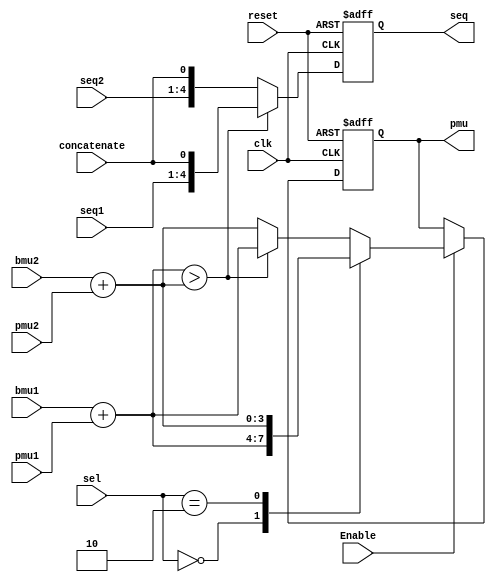
module ACS #(parameter data_width = 2, parameter path_width = 4, parameter seq_width = 5) (
	 input clk,
	 input reset,
	 input Enable,
	 input      [data_width-1 : 0] bmu1,
	 input      [path_width-1 : 0] pmu1,
	 input      [data_width-1 : 0] bmu2,
	 input      [path_width-1 : 0] pmu2,
	 input      [path_width-1 : 0] seq1, // 9 bits then concatenate to be 10 bits
	 input      [path_width-1 : 0] seq2, // 9 bits then concatenate to be 10 bits
	 input concatenate,
	 input [1:0] sel,
	 output reg [path_width-1 : 0] pmu,
	 output reg [seq_width-1  : 0] seq
    );
	
	// 3bits
reg [path_width-1 : 0] adder1_out; // 2 bits + 4 bits = 5 bits when computing max path number, it was 12
reg [path_width-1 : 0] adder2_out;
reg [path_width-1 : 0] mux_out;
reg [seq_width-1 : 0] seq_mux;
reg [seq_width-1 : 0] MUX;

always @ (posedge clk or posedge reset)
	begin
		if (reset)
			begin
				pmu <= 4'd0;  // path_width
				seq <= 5'd0; // seq_width
			end
		else if (Enable)
			begin
				pmu <= MUX;
				seq <= seq_mux; 
			end
		else
			seq <= seq_mux;
	end

always @*
	begin
		adder1_out = bmu1 + pmu1;
		adder2_out = bmu2 + pmu2;
		if(adder1_out > adder2_out)
			begin
				mux_out = adder1_out;
				seq_mux = {seq1, concatenate};
			end
		else  
			begin
				mux_out = adder2_out;
				seq_mux = {seq2, concatenate};
			end
		case(sel)
			2'b00 : MUX   = adder1_out;
			2'b01 : MUX   = mux_out;
			2'b10 : MUX   = adder2_out;
			default : MUX = mux_out;
		endcase
		// el mux da 34an f awl clock cycle el mafrod n el adder el tany ally goa el ACS myshtghlsh f el mux da by3ml kda f3ln 
		// b3d kda 3ady mn el clk el tanya el adder el awl w el tany hysht8lo w y7sl el comparison w n select 3ady

end
endmodule